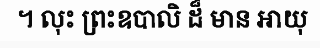
។ លុះ ព្រះឧបាលិ ដ៏ មាន អាយុ